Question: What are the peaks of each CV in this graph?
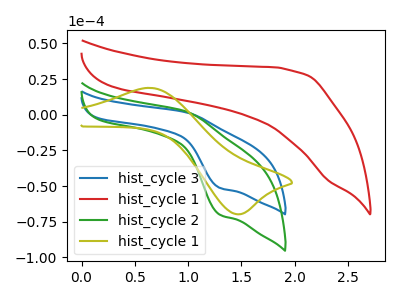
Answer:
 <answer>The blue curve "hist_cycle 3" has an anodic peak at (1.00V, 1.70uA) and a cathodic peak at (1.30V, -51.30uA). The red curve "hist_cycle 1" has no peaks. The green curve "hist_cycle 2" has an anodic peak at (1.00V, 2.30uA) and a cathodic peak at (1.30V, -70.05uA). The olive curve "hist_cycle 1" has an anodic peak at (0.65V, 18.80uA) and a cathodic peak at (1.50V, -69.75uA).</answer>
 <eval></eval>